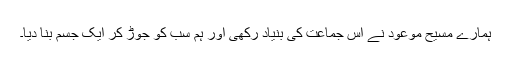
ہمارے مسیح موعودؑ نے اس جماعت کی بنیاد رکھی اور ہم سب کو جوڑ کر ایک جسم بنا دیا۔